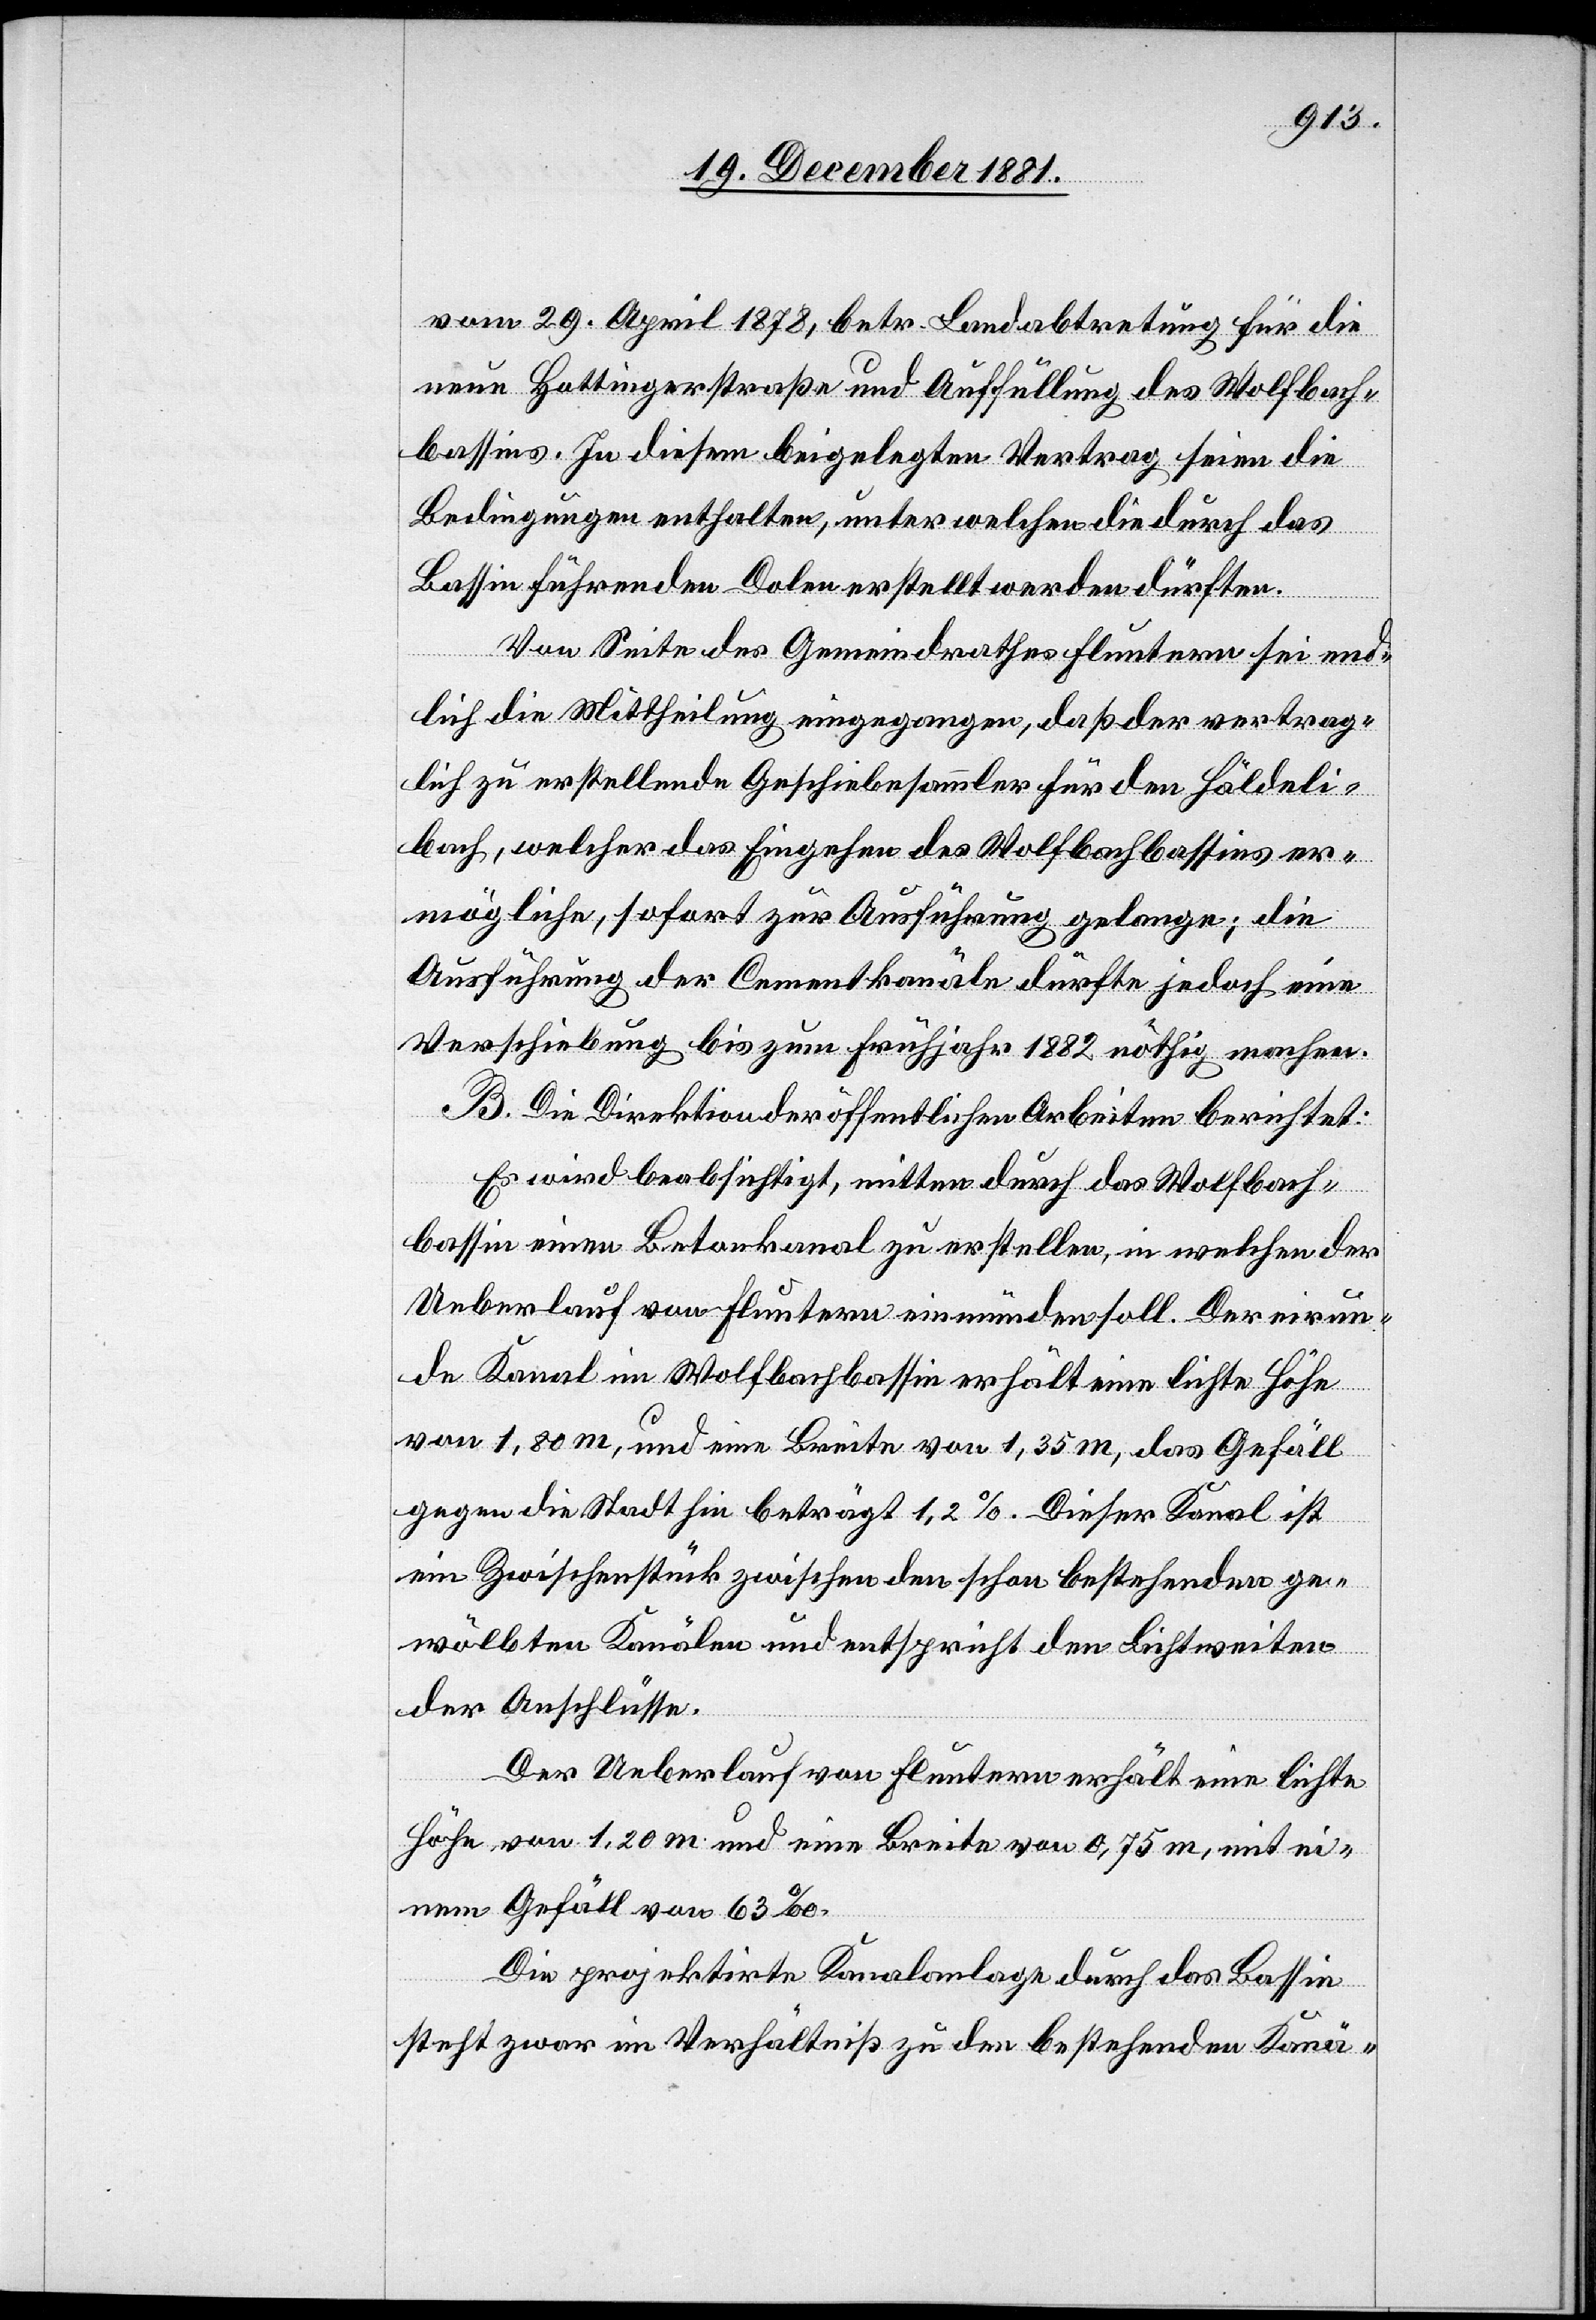
vom 29. April 1878, betr. Landabtretung für die
neue Hottingerstraße und Auffüllung des Wolfbach¬
bassins. In diesem beigelegten Vertrag seien die
Bedingungen enthalten, unter welchen die durch das
Bassin führenden Dolen erstellt werden dürften.
Von Seite des Gemeindrathes Fluntern sei end¬
lich die Mittheilung eingegangen, daß der vertrag¬
lich zu erstellende Geschiebesammler für den Häldeli¬
bach, welcher das Eingehen des Wolfbachbassins er¬
mögliche, sofort zur Ausführung gelange; die
Ausführung der Cementkanäle dürfte jedoch eine
Verschiebung bis zum Frühjahr 1882 nöthig machen.
B. Die Direktion der öffentlichen Arbeiten berichtet:
Es wird beabsichtigt, mitten durch das Wolfbach¬
bassin einen Betonkanal zu erstellen, in welchen der
Ueberlauf von Fluntern einmünden soll. Der eirun¬
de Kanal im Wolfbachbassin erhält eine lichte Höhe
von 1,80m, und eine Breite von 1,35m, das Gefäll
gegen die Stadt hin beträgt 1,2%. Dieser Kanal ist
ein Zwischenstück zwischen den schon bestehenden ge¬
wölbten Kanälen und entspricht den Lichtweiten
der Anschlüsse.
Der Ueberlauf von Fluntern erhält eine lichte
Höhe von 1,20m und eine Breite von 0,75m, mit ei¬
nem Gefäll von 63‰.
Die projektirte Kanalanlage durch das Bassin
steht zwar im Verhältniß zu den bestehenden Kanä-